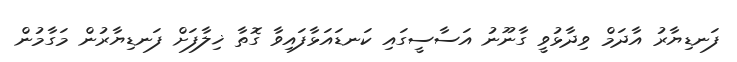
ފަނޑިޔާރު އާދަމް ވިދާޅުވީ ގާނޫނު އަސާސީގައި ކަނޑައަޅާފައިވާ ގޮތާ ޚިލާފަށް ފަނޑިޔާރުން މަގާމުން